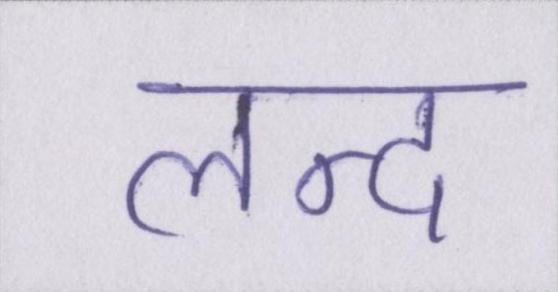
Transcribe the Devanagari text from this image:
लन्द